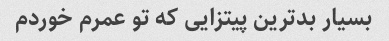
بسیار بد‌ترین پیتزایی که تو عمرم خوردم